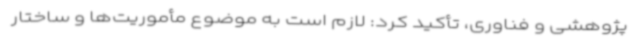
پژوهشی و فناوری، تأکید کرد: لازم است به موضوع مأموریت‌ها و ساختار